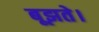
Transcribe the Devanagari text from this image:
बूझते।